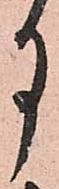
月